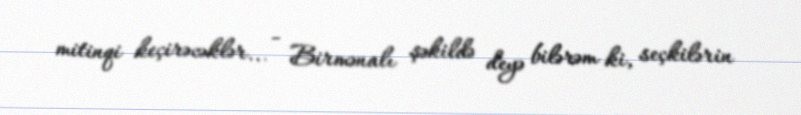
mitinqi keçirəcəklər... - Birmənalı şəkildə deyə bilərəm ki, seçkilərin